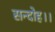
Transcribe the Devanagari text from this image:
सन्‍दोह।।